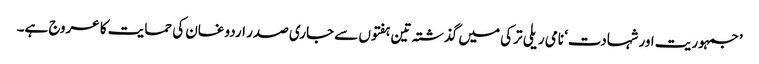
’جمہوریت اور شہادت‘ نامی ریلی ترکی میں گذشتہ تین ہفتوں سے جاری صدر اردوغان کی حمایت کا عروج ہے۔